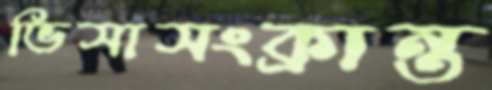
ভিসাসংক্রান্ত